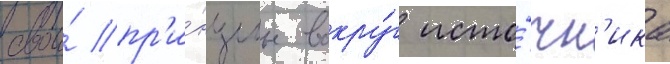
свои́ пр'и́нципы вокру́г исто́чн'ика